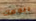
بيومك